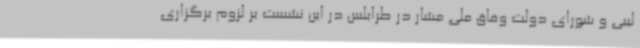
لیبی و شورای دولت وفاق ملی مشار در طرابلس در این نشست بر لزوم برگزاری